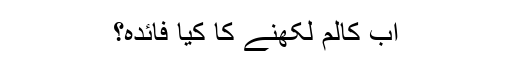
اب کالم لکھنے کا کیا فائدہ؟